65_HS1-834228961_62-HQ-83894_Section_1
Agency: FBI
Page 4
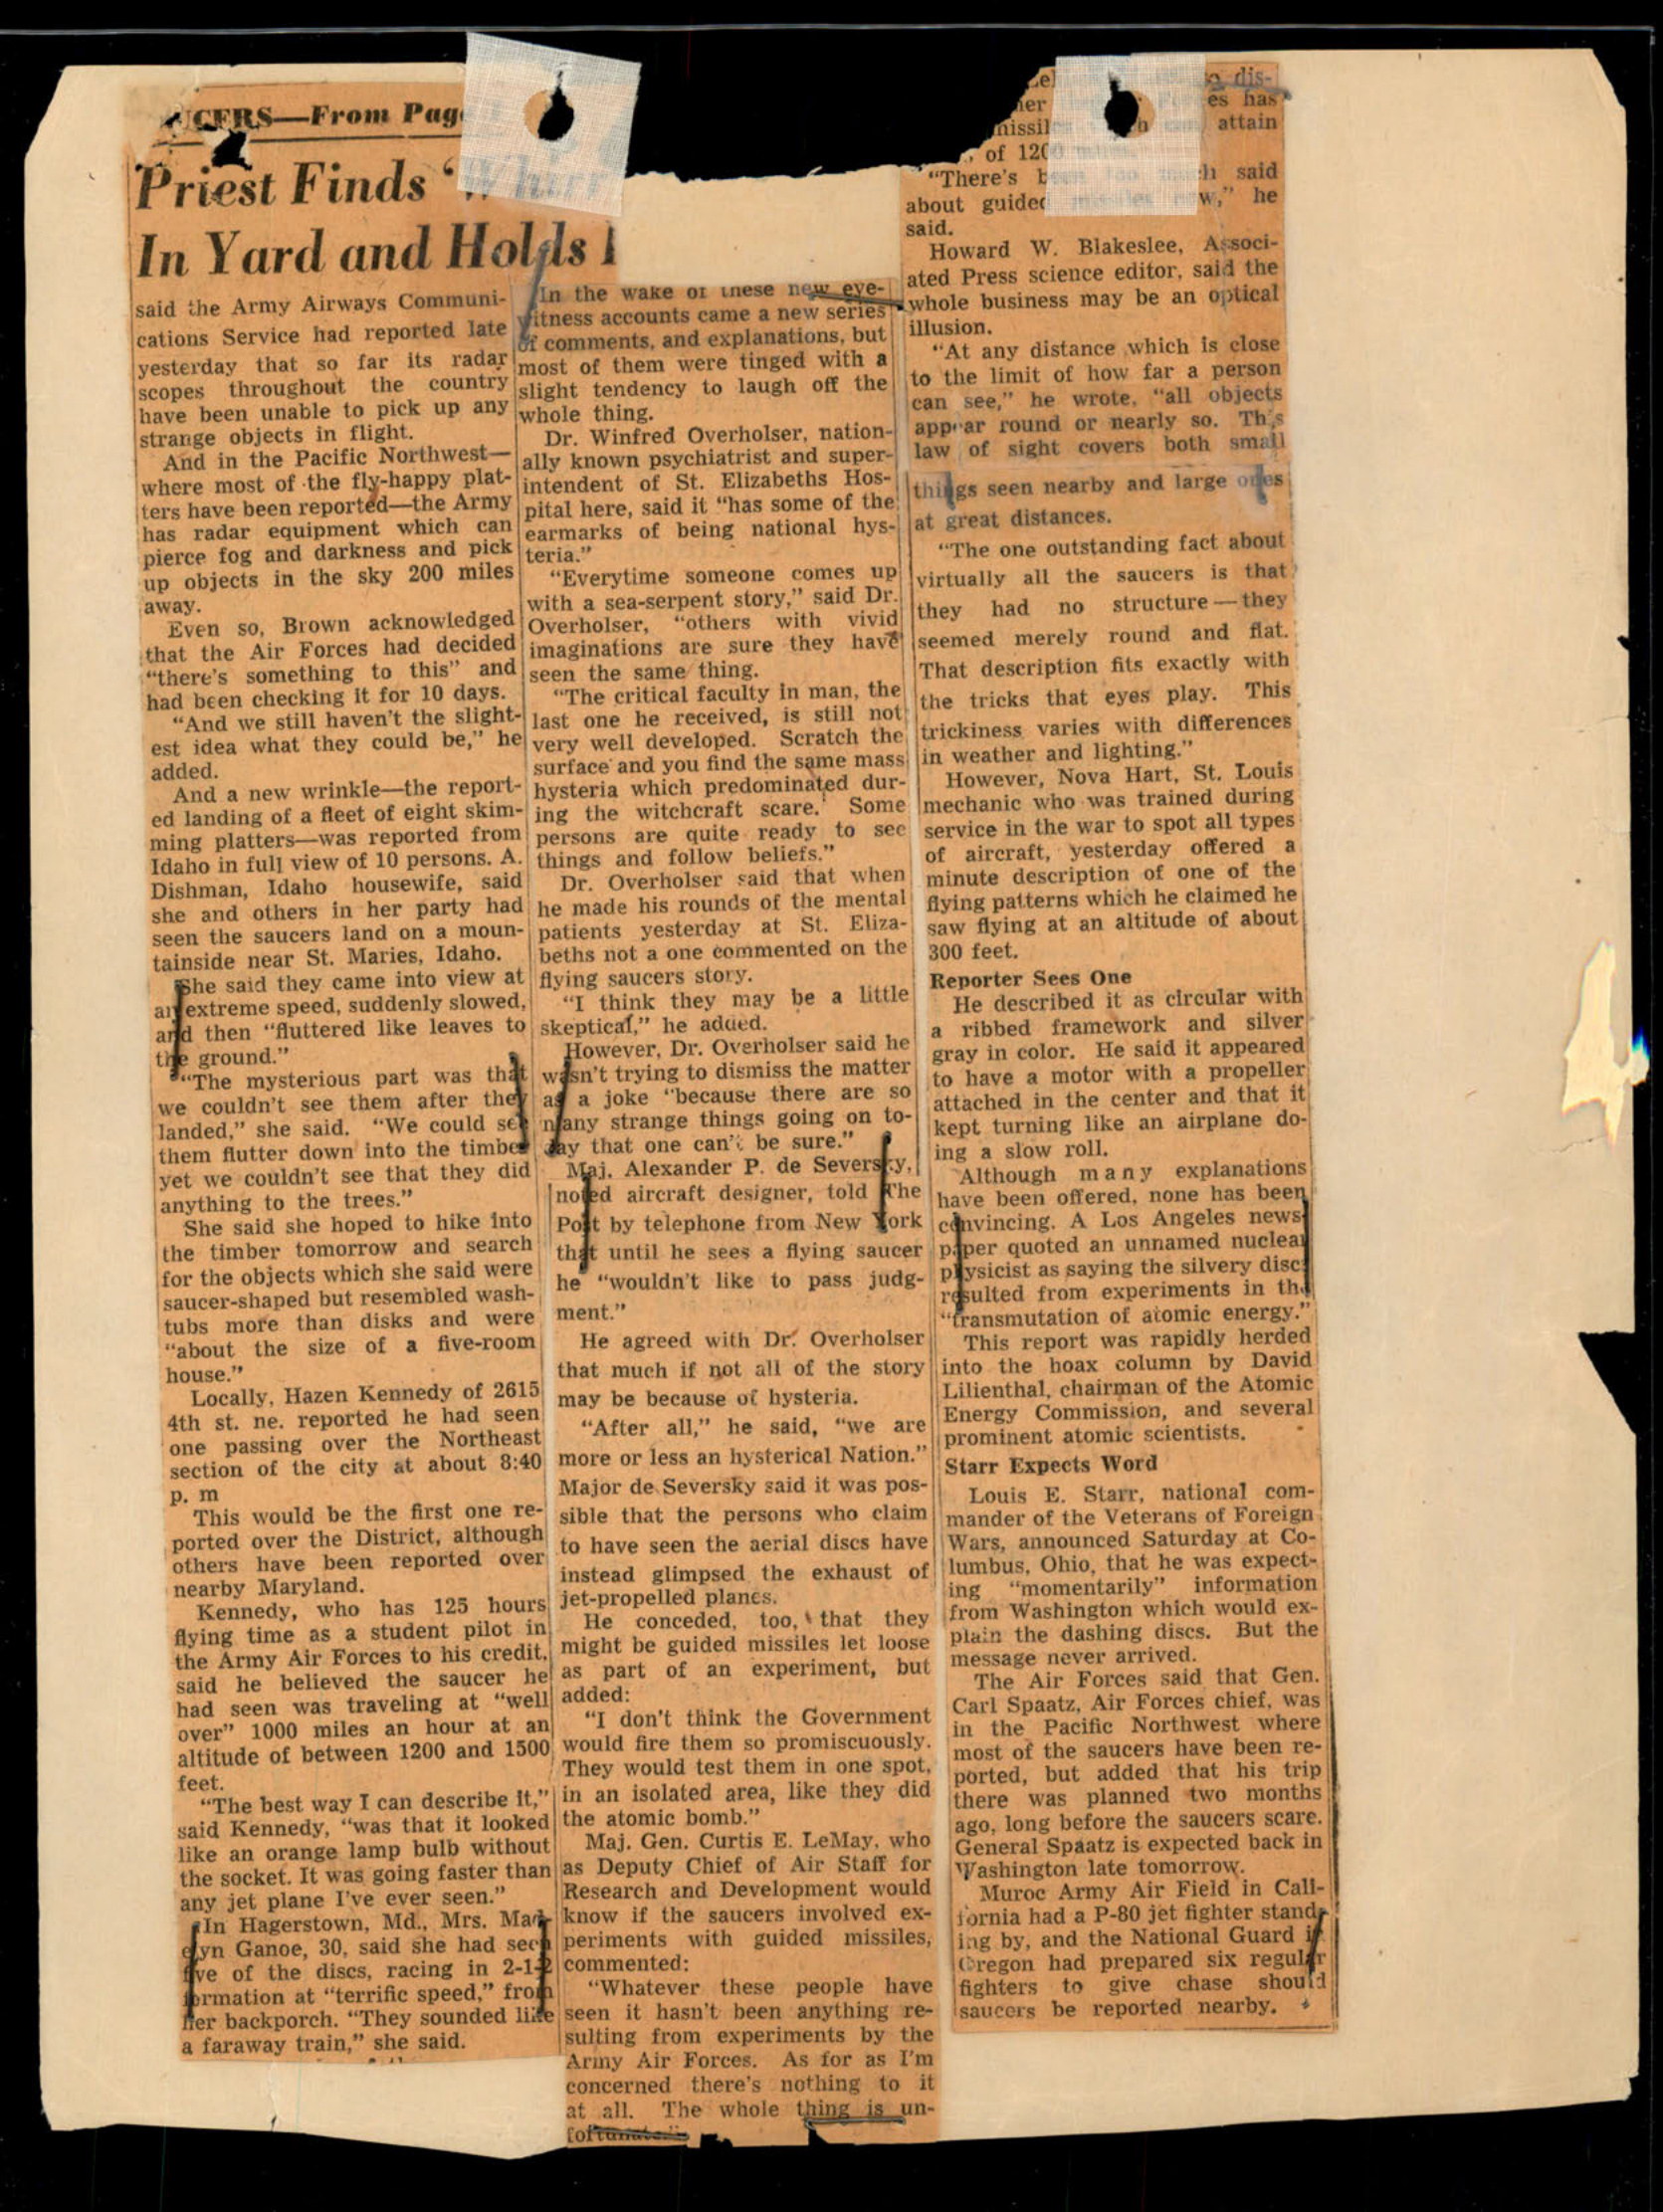